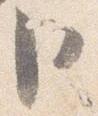
臣